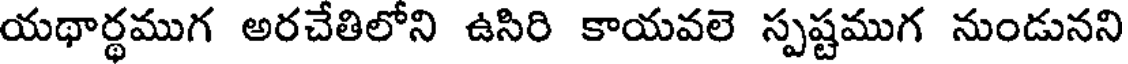
యథార్థముగ అరచేతిలోని ఉసిరి కాయవలె స్పష్టముగ నుండునని